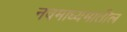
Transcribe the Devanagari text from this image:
नवमाध्यमातील